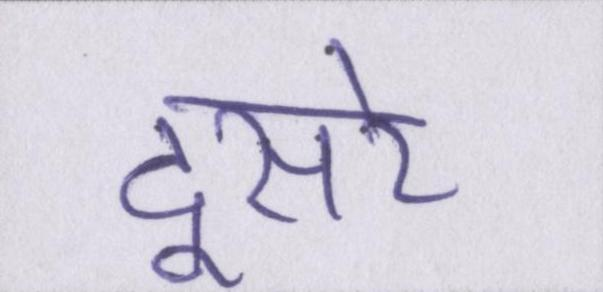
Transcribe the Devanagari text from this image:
दूसरे